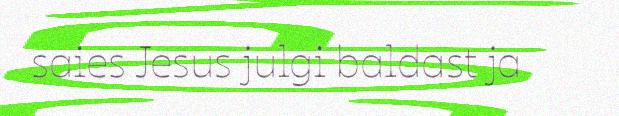
saies Jesus julgi baldast ja